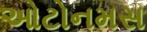
ઓટોનમસ